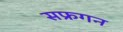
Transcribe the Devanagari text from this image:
सफ्रगन